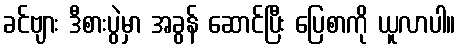
ခင်ဗျား ဒီစားပွဲမှာ အခွန် ဆောင်ပြီး ပြေစာကို ယူလာပါ။